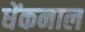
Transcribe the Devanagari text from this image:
धेंकनाल